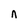
Character: n